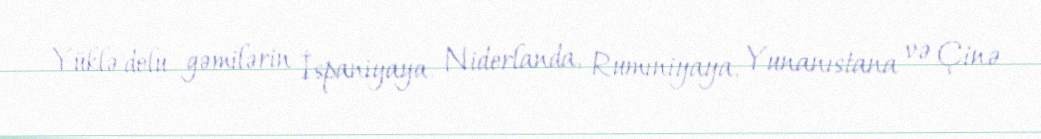
Yüklə dolu gəmilərin İspaniyaya, Niderlanda, Rumıniyaya, Yunanıstana və Çinə